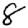
Digit: 8